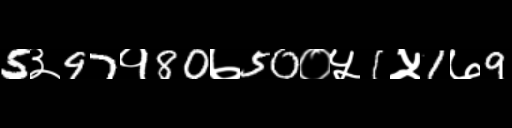
Text: 5३97१80७50०५1५1७9